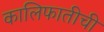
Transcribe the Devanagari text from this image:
कालिफातीची